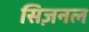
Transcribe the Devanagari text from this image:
सिज़नल